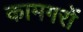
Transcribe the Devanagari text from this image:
कामगरों